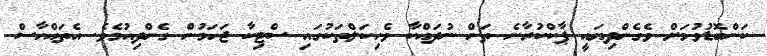
ކަންބޮޑުވުމަށް ވެގެންދިޔައީ ޕާކްކުރާނެ ތަން ނުދައްކާ ވެހިކަލްތަކުގައި ސްޓިކާ ޖަހަމުން ގެންދިއުމެވެ. އެތައްހާސް